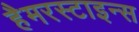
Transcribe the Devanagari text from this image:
हैमरस्टाइन्स